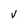
Character: V